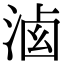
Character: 𣷶